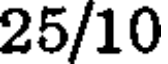
25/10